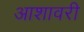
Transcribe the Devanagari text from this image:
आशावरी